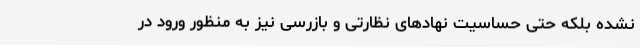
نشده بلکه حتی حساسیت نهادهای نظارتی و بازرسی نیز به منظور ورود در